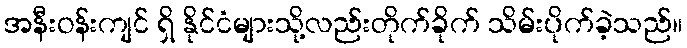
အနီးဝန်းကျင် ရှိ နိုင်ငံများသို့လည်းတိုက်ခိုက် သိမ်းပိုက်ခဲ့သည်။